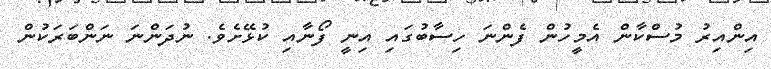
އިންއިރު މުސްކާން އެމީހުން ފެންނަ ހިސާބުގައި އިނީ ފޯނާއި ކުޅޭށެވެ. ނުދަންނަ ނަންބަރަކުން